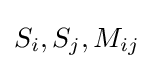
S_{i},S_{j},M_{ij}